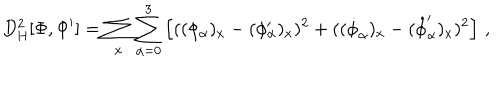
LaTeX: D _ { \mathrm { H } } ^ { 2 } [ \Phi , \Phi ^ { \prime } ] = \sum _ { x } \sum _ { \alpha = 0 } ^ { 3 } \left[ ( ( \phi _ { \alpha } ) _ { x } - ( \phi _ { \alpha } ^ { \prime } ) _ { x } ) ^ { 2 } + ( ( \dot { \phi } _ { \alpha } ) _ { x } - ( \dot { \phi } _ { \alpha } ^ { \prime } ) _ { x } ) ^ { 2 } \right] \, ,